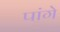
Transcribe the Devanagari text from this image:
पांगे